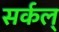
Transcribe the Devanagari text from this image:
सर्कल्